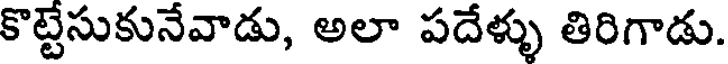
కొట్టేసుకునేవాడు, అలా పదేళ్ళు తిరిగాడు.